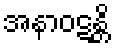
အနာဝဋန္တိ